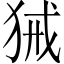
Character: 𤞫